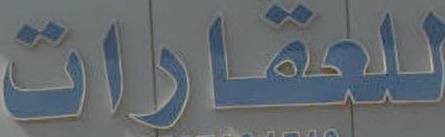
للعقارات